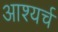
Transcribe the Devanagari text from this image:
आश्यर्च